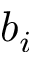
b _ { i }